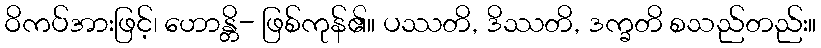
ဝိကပ်အားဖြင့်၊ ဟောန္တိ- ဖြစ်ကုန်၏။ ပဿတိ, ဒိဿတိ, ဒက္ခတိ စသည်တည်း။